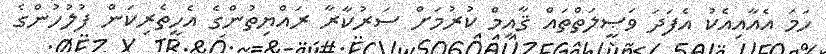
ހަމަ އެއާއިއެކު އެފަދަ ވަޞީލަތްތައް ޤާއިމް ކުރުމަށް ސަރުކާރާ ރައްޔިތުންގެ އެހީތެރިކަން ފުލުހުންގެ